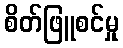
စိတ်ဖြူစင်မှု